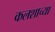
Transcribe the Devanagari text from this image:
कलशाच्या